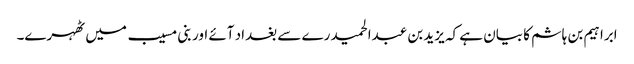
ابراہیم بن ہاشم کا بیان ہے کہ یزید بن عبدالحمید رے سے بغداد آئے اور بنی مسیب میں ٹھہرے۔